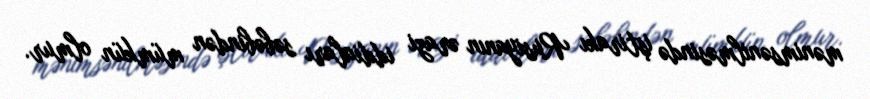
mənimsənilməsində iştirakı Rusiyanın ərazi iddiaları səbəbindən mümkün olmur.